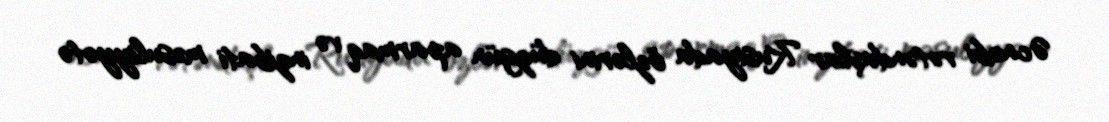
Əcnəbi vətəndaşlar Rusiyada özlərini düzgün aparmaq və inzibati məsuliyyətə